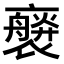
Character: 𧝻